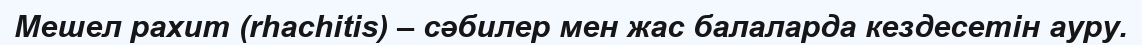
Мешел рахит (rhachіtіs) – сәбилер мен жас балаларда кездесетін ауру.